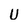
Character: U